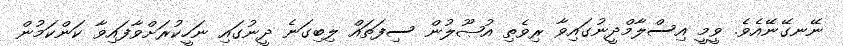
ނޭނގޭނޭއެވެ. ވީމީ އިސްލާމްދީނުގައިވާ ރިވެތި އުޞޫލުން ސިފަތައް ލިބިގަނެ ދީނުގައި ނަހީކުރަށްވާފައިވާ ކަންކަމުން